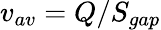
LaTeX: v_{av}=Q/S_{gap}